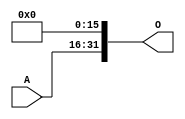
module zeroright16(A,O);

input[15:0] A;
output [31:0] O;

buf buf_1 (O[31],A[15]),
	 buf_2 (O[30],A[14]),
	 buf_3 (O[29],A[13]),
	 buf_4 (O[28],A[12]),
	 buf_5 (O[27],A[11]),
	 buf_6 (O[26],A[10]),
	 buf_7 (O[25],A[9]),
	 buf_8 (O[24],A[8]),
	 buf_9 (O[23],A[7]),
	 buf_10 (O[22],A[6]),
	 buf_11 (O[21],A[5]),
	 buf_12 (O[20],A[4]),
	 buf_13 (O[19],A[3]),
	 buf_14 (O[18],A[2]),
	 buf_15 (O[17],A[1]),
	 buf_16 (O[16],A[0]),	 
	 buf_17 (O[15],1'b0),
	 buf_18 (O[14],1'b0),
	 buf_19 (O[13],1'b0),
	 buf_20 (O[12],1'b0),
	 buf_21 (O[11],1'b0),
	 buf_22 (O[10],1'b0),
	 buf_23 (O[9],1'b0),
	 buf_24 (O[8],1'b0),
	 buf_25 (O[7],1'b0),
	 buf_26 (O[6],1'b0),
	 buf_27 (O[5],1'b0),
	 buf_28 (O[4],1'b0),
	 buf_29 (O[3],1'b0),
	 buf_30 (O[2],1'b0),
	 buf_31 (O[1],1'b0),
	 buf_32 (O[0],1'b0);
	
					 
endmodule